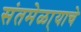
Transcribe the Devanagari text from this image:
संतमेळा्याचे